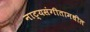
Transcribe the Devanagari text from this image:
नाट्यसंगीतामधील